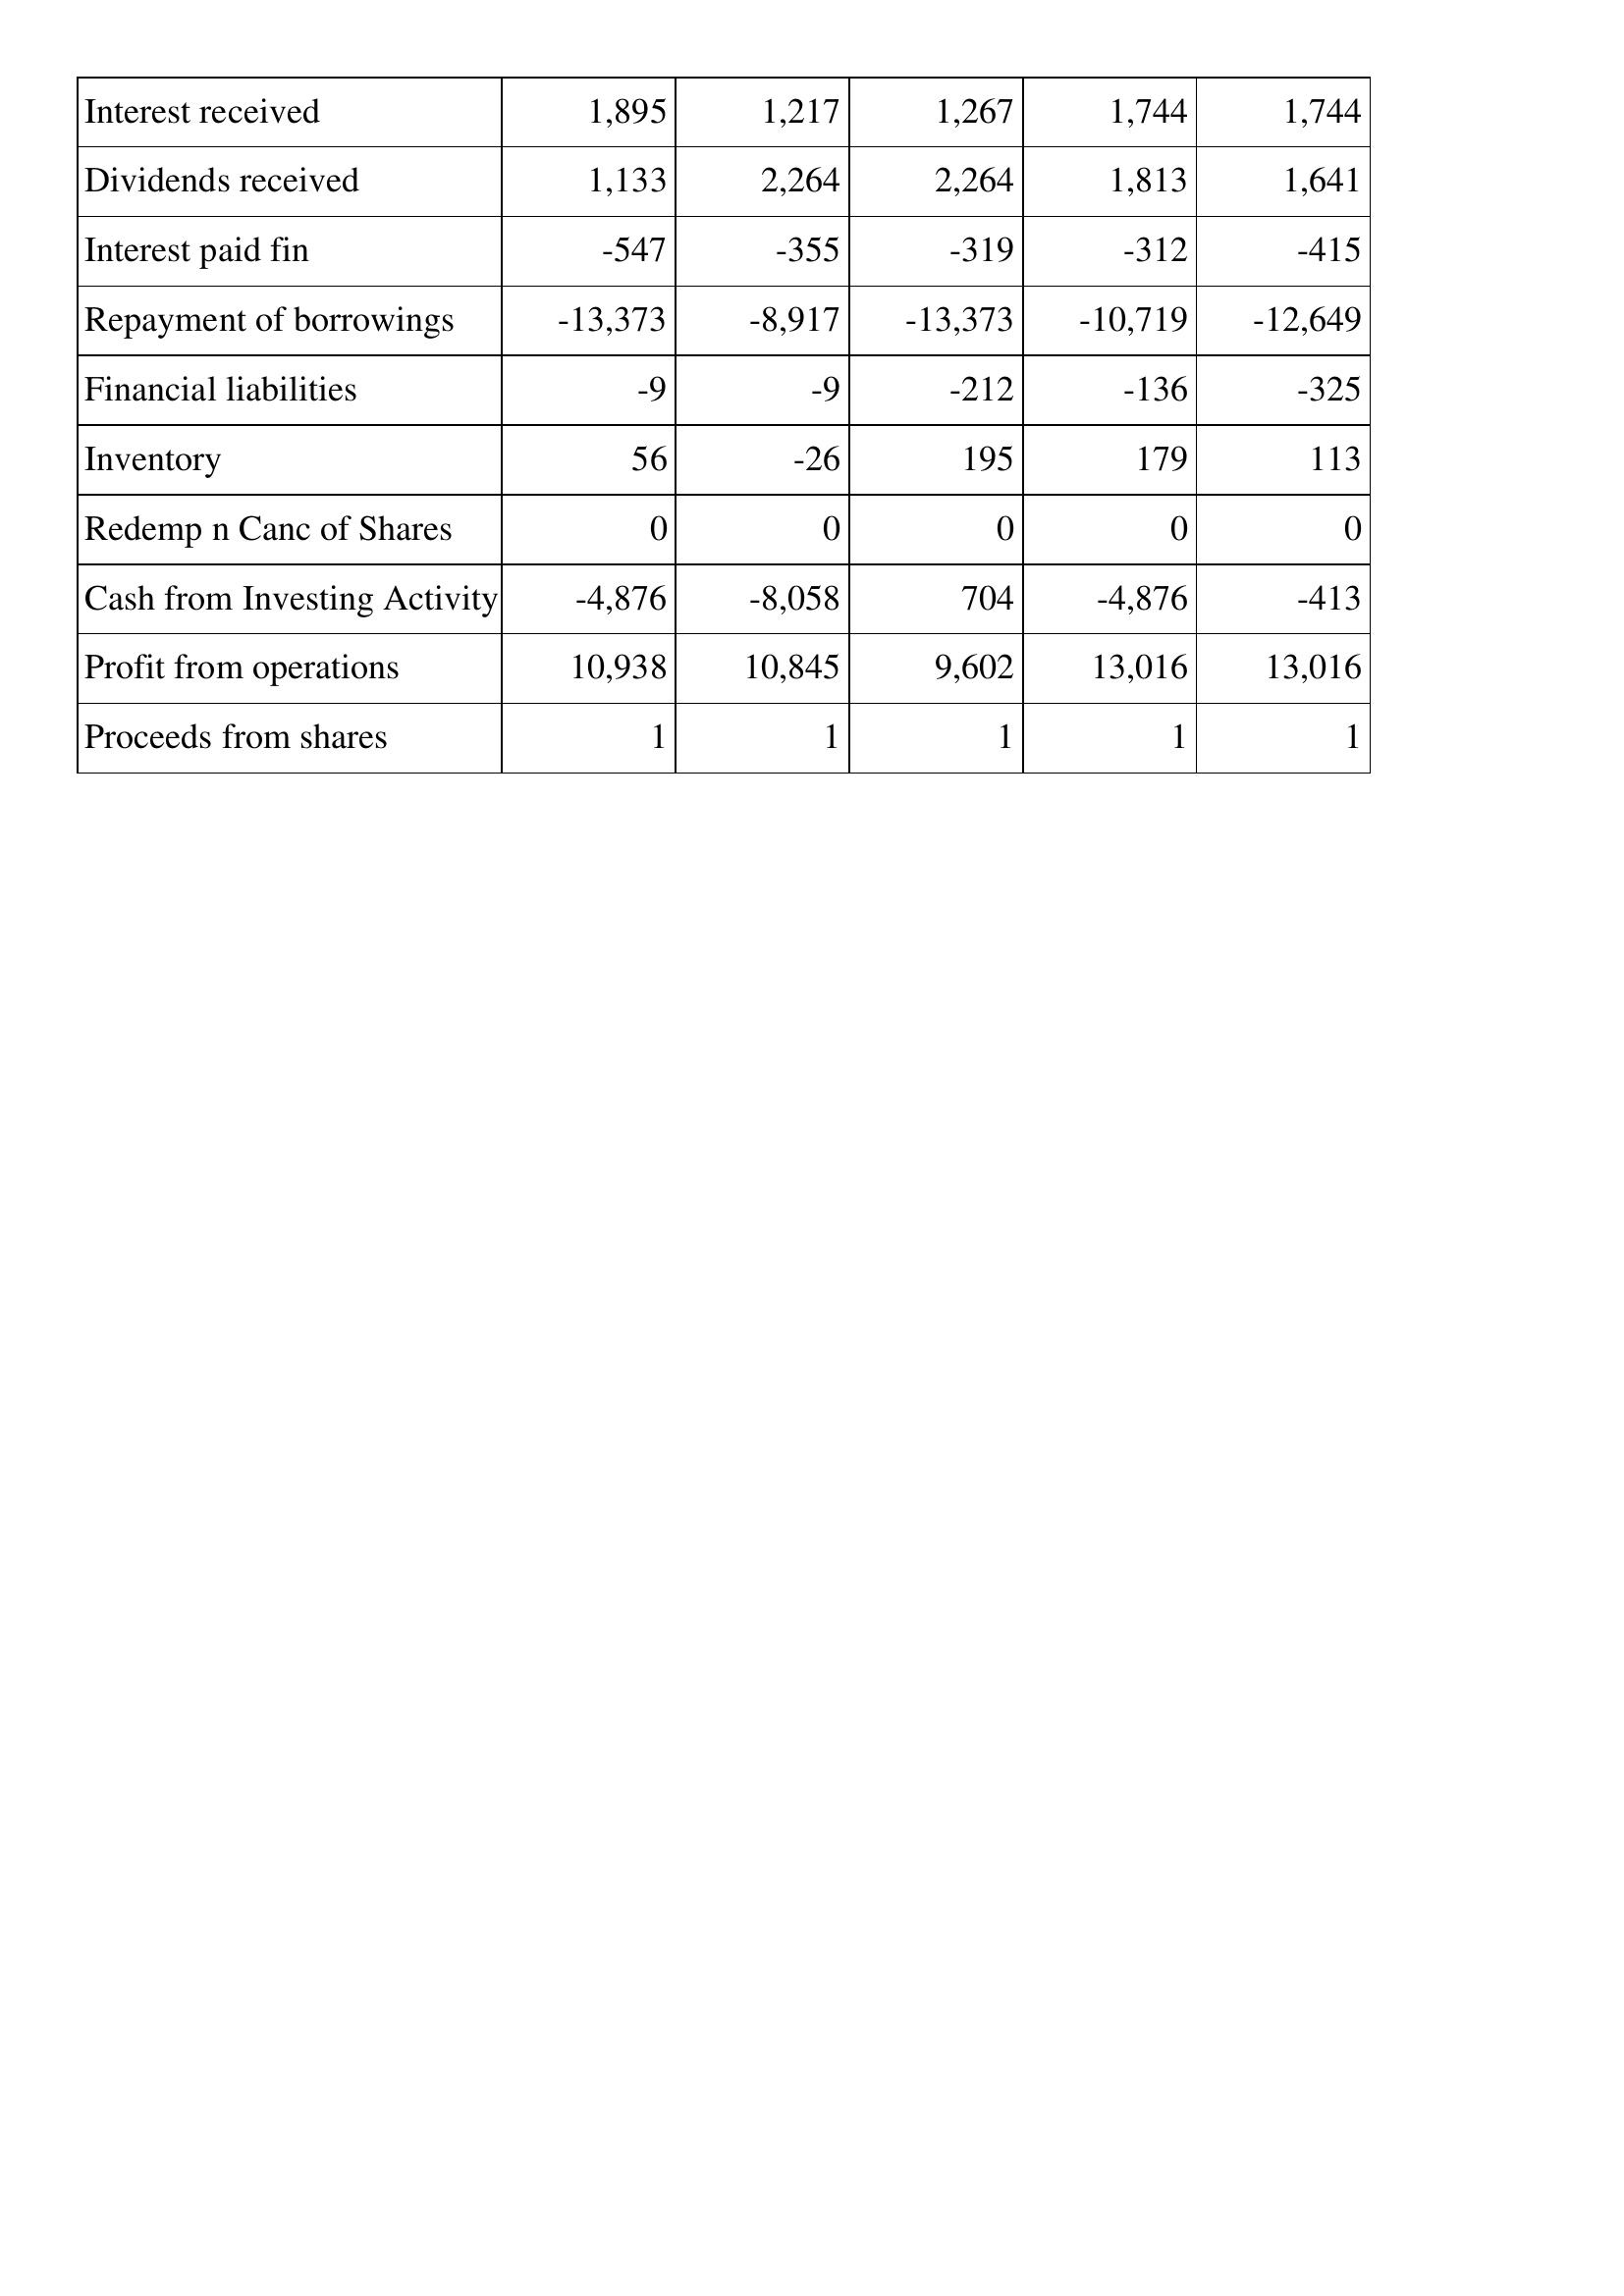
Apr-11: Cash Flows: Interest received: 1,895
Dividends received: 1,133
Interest paid fin: -547
Repayment of borrowings: -13,373
Financial liabilities: -9
Inventory: 56
Redemp n Canc of Shares: 0
Cash from Investing Activity: -4,876
Profit from operations: 10,938
Proceeds from shares: 1
Apr-10: Cash Flows: Interest received: 1,217
Dividends received: 2,264
Interest paid fin: -355
Repayment of borrowings: -8,917
Financial liabilities: -9
Inventory: -26
Redemp n Canc of Shares: 0
Cash from Investing Activity: -8,058
Profit from operations: 10,845
Proceeds from shares: 1
Apr-09: Cash Flows: Interest received: 1,267
Dividends received: 2,264
Interest paid fin: -319
Repayment of borrowings: -13,373
Financial liabilities: -212
Inventory: 195
Redemp n Canc of Shares: 0
Cash from Investing Activity: 704
Profit from operations: 9,602
Proceeds from shares: 1
Apr-08: Cash Flows: Interest received: 1,744
Dividends received: 1,813
Interest paid fin: -312
Repayment of borrowings: -10,719
Financial liabilities: -136
Inventory: 179
Redemp n Canc of Shares: 0
Cash from Investing Activity: -4,876
Profit from operations: 13,016
Proceeds from shares: 1
Apr-07: Cash Flows: Interest received: 1,744
Dividends received: 1,641
Interest paid fin: -415
Repayment of borrowings: -12,649
Financial liabilities: -325
Inventory: 113
Redemp n Canc of Shares: 0
Cash from Investing Activity: -413
Profit from operations: 13,016
Proceeds from shares: 1